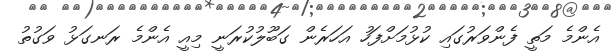
އެންމެ މަތީ ފެންވަރުގައި ކުޅުމަށްފަހު އަހަރެން ގަބޫލުކުރަނީ މިއީ އެންމެ ރަނގަޅު ވަގުތު